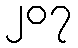
၂၀၇